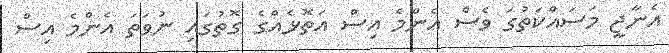
އެނާޖީ މަސައްކަތުގަ ވެސް އެންމެ އިސް އަތޮޅެއްގެ ގޮތުގައި ނުވަތަ އެންމެ އިސް